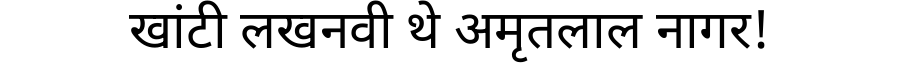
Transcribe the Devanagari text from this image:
खांटी लखनवी थे अमृतलाल नागर!